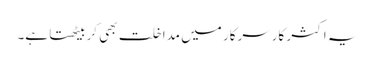
یہ اکثر کارِسرکار میں مداخلت بھی کربیٹھتا ہے۔